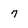
Character: 7